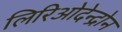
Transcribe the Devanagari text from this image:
लिरिओदेन्द्रोन